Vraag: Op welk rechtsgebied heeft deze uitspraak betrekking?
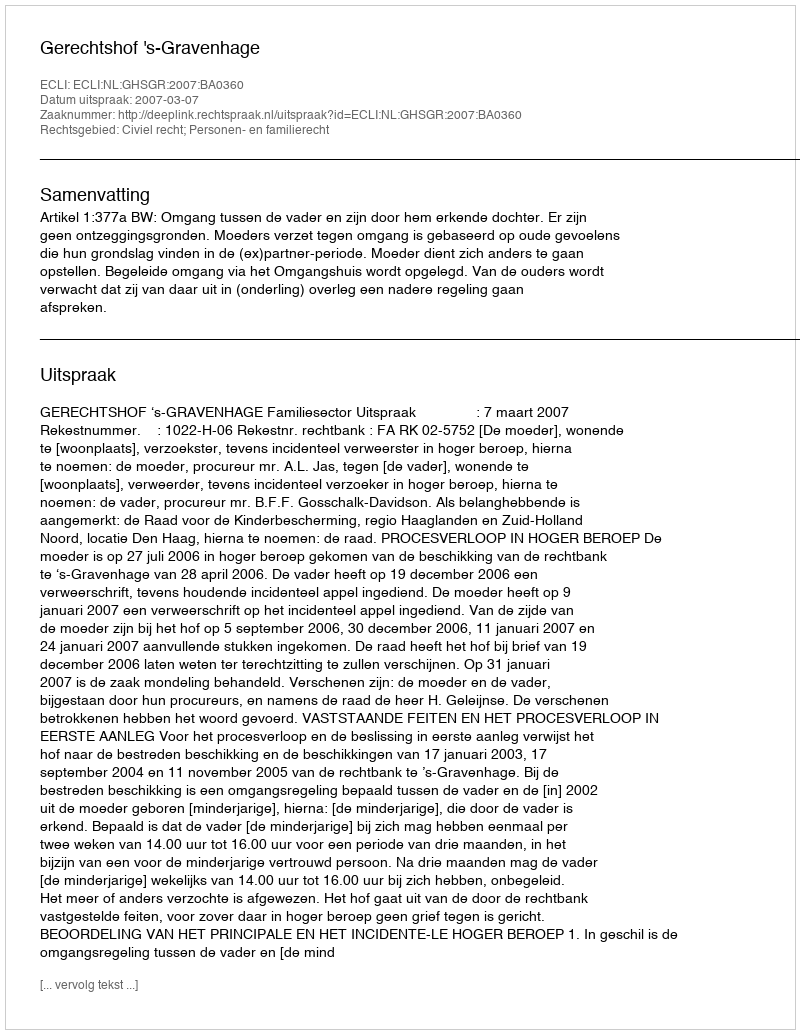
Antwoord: Civiel recht; Personen- en familierecht